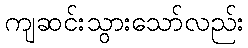
ကျဆင်းသွားသော်လည်း